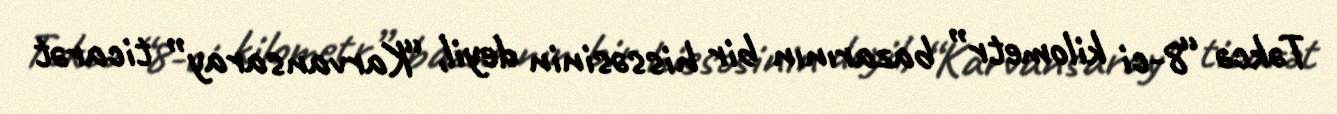
Təkcə “8-ci kilometr” bazarının bir hissəsinin deyil, “Karvansaray” ticarət